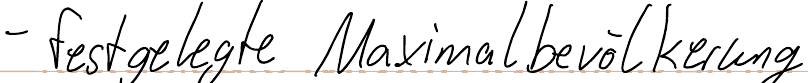
- festgelegte Maximalbevölkerung